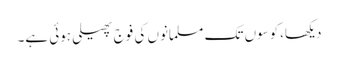
دیکھا،کوسوں تک مسلمانوں کی فوج پھیلی ہوئی ہے۔